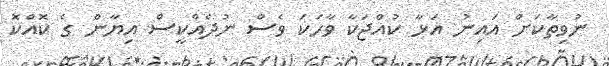
ނުވިތާކަށް އައިނު އަޅާ ކުއްޖަކާ ވާހަކަ ވެސް ނުދެއްކީސް އިޔާން ގެ ކޮއްކޮ